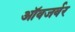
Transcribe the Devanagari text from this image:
ऑवजर्वर